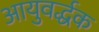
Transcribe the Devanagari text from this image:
आयुवर्द्धक